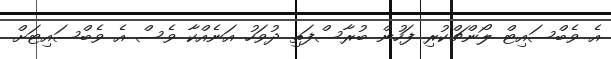
އެ ވެބްސައިޓް ލޯންޗްކުރި ފަހުން ބުރާސްފަތި ދުވަހު އަނެއްކާ ވެސް އެ ވެބްސައިޓަށް